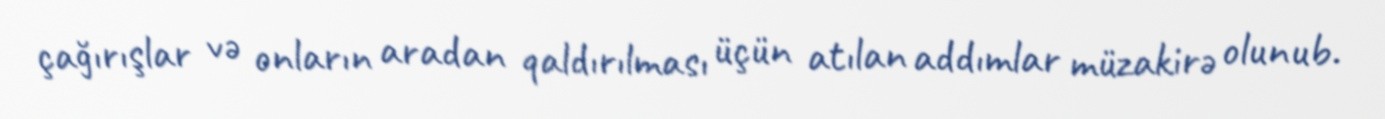
çağırışlar və onların aradan qaldırılması üçün atılan addımlar müzakirə olunub.